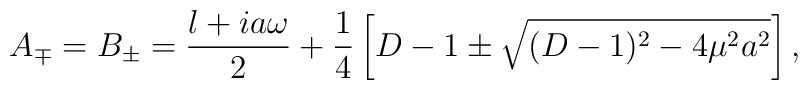
A_{\mp}= B_{\pm}= \frac{l+ia\omega}{2} +\frac{1}{4}\left[D-1\pm\sqrt{(D-1)^{2}-4\mu^{2}a^{2}}\right],